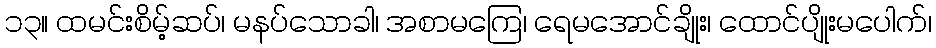
၁၃။ ထမင်းစိမ့်ဆပ်၊ မနပ်သောခါ၊ အစာမကြေ၊ ရေမအောင်ချိုး၊ ထောင်ပျိုးမပေါက်၊